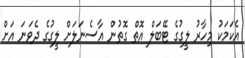
އެކަމަކު މިހާރު ލީގުގެ ޓޭބަލް އޮތް ގޮތުން އާސެނަލަށް ލީގުގެ ދެވަނަ އަށް